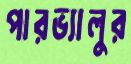
পারভ্যালুর